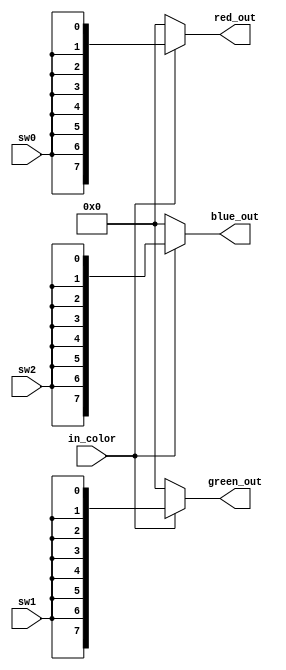
module color_converter_simple (
  input sw0, sw1, sw2,
  input in_color,
  output reg [7:0] red_out, green_out, blue_out
);

always @(*) 
begin
    if(in_color)
        begin
            red_out   <= {sw0, sw0, sw0, sw0, sw0, sw0, sw0, sw0};
            green_out <= {sw1, sw1, sw1, sw1, sw1, sw1, sw1, sw1};
            blue_out  <= {sw2, sw2, sw2, sw2, sw2, sw2, sw2, sw2};
        end
    else 
        begin
            red_out   <= 0;
            green_out <= 0;
            blue_out  <= 0;
        end
end

endmodule